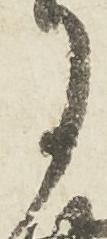
月